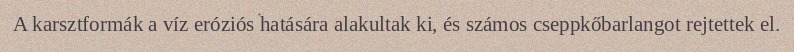
A karsztformák a víz eróziós hatására alakultak ki, és számos cseppkőbarlangot rejtettek el.